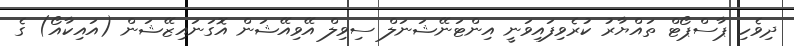
ދިވެހި ޕާސްޕޯޓް ތައްޔާރު ކުރެވިފައިވަނީ އިންޓަނޭޝަނަލް ސިވިލް އޭވިއޭޝަން އޮގަނައިޒޭޝަން (އައިކާއޯ) ގެ